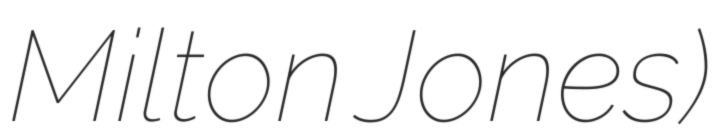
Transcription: Milton Jones)